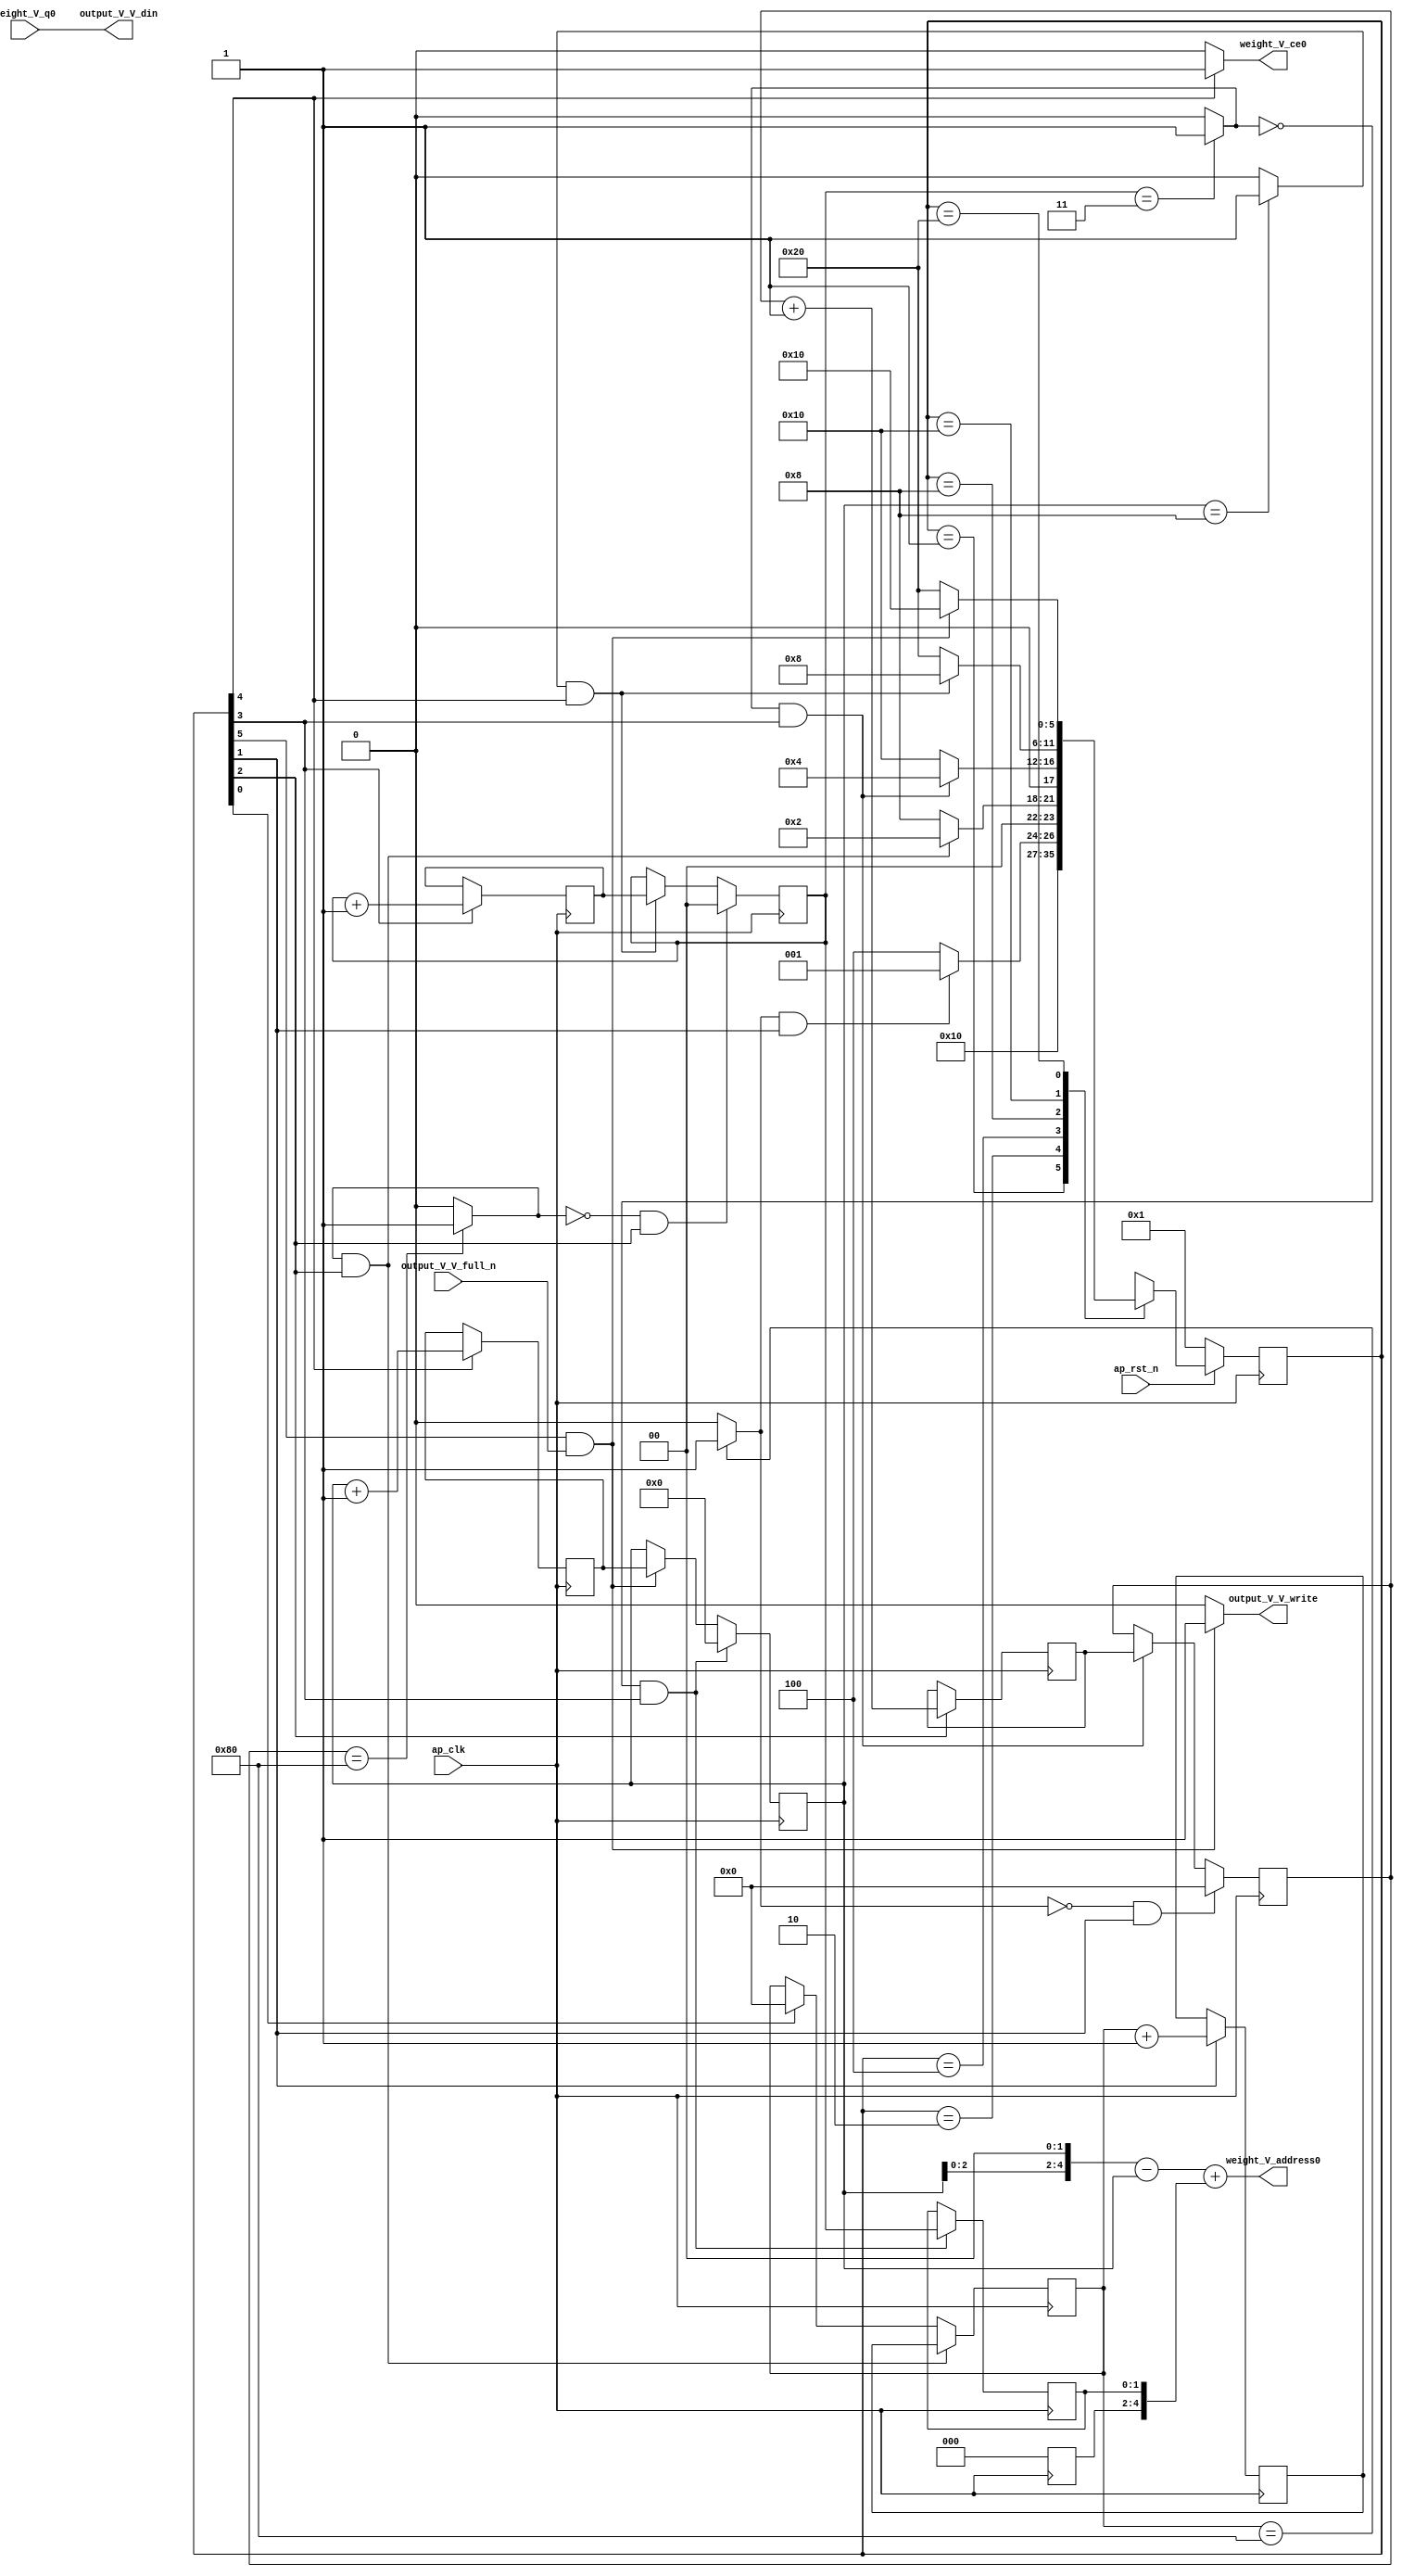
// ==============================================================
// RTL generated by Vivado(TM) HLS - High-Level Synthesis from C, C++ and SystemC
// Version: 2017.4
// Copyright (C) 1986-2017 Xilinx, Inc. All Rights Reserved.
// 
// ===========================================================

`timescale 1 ns / 1 ps 

(* CORE_GENERATION_INFO="weight_s_4,hls_ip_2017_4,{HLS_INPUT_TYPE=cxx,HLS_INPUT_FLOAT=0,HLS_INPUT_FIXED=1,HLS_INPUT_PART=xc7z020clg484-1,HLS_INPUT_CLOCK=10.000000,HLS_INPUT_ARCH=others,HLS_SYN_CLOCK=5.956000,HLS_SYN_LAT=917761,HLS_SYN_TPT=none,HLS_SYN_MEM=0,HLS_SYN_DSP=0,HLS_SYN_FF=52,HLS_SYN_LUT=197}" *)

module weight_s_4 (
        ap_clk,
        ap_rst_n,
        output_V_V_din,
        output_V_V_full_n,
        output_V_V_write,
        weight_V_address0,
        weight_V_ce0,
        weight_V_q0
);

parameter    ap_ST_fsm_state1 = 6'd1;
parameter    ap_ST_fsm_state2 = 6'd2;
parameter    ap_ST_fsm_state3 = 6'd4;
parameter    ap_ST_fsm_state4 = 6'd8;
parameter    ap_ST_fsm_state5 = 6'd16;
parameter    ap_ST_fsm_state6 = 6'd32;

input   ap_clk;
input   ap_rst_n;
output  [7:0] output_V_V_din;
input   output_V_V_full_n;
output   output_V_V_write;
output  [4:0] weight_V_address0;
output   weight_V_ce0;
input  [7:0] weight_V_q0;

reg output_V_V_write;
reg weight_V_ce0;

reg    ap_rst_n_inv;
reg    output_V_V_blk_n;
(* fsm_encoding = "none" *) reg   [5:0] ap_CS_fsm;
wire    ap_CS_fsm_state6;
wire   [7:0] hout_1_fu_138_p2;
reg   [7:0] hout_1_reg_215;
wire    ap_CS_fsm_state2;
wire   [7:0] wout_1_fu_150_p2;
reg   [7:0] wout_1_reg_223;
wire    ap_CS_fsm_state3;
wire   [1:0] pkern_1_fu_162_p2;
reg   [1:0] pkern_1_reg_231;
wire    ap_CS_fsm_state4;
wire   [5:0] tmp_4_cast_fu_168_p1;
reg   [5:0] tmp_4_cast_reg_236;
wire   [0:0] exitcond7_fu_156_p2;
wire   [3:0] pout_1_fu_178_p2;
reg   [3:0] pout_1_reg_244;
wire    ap_CS_fsm_state5;
wire   [0:0] exitcond_fu_172_p2;
reg   [7:0] hout_reg_88;
wire    ap_CS_fsm_state1;
wire   [0:0] exitcond2_fu_144_p2;
reg   [7:0] wout_reg_99;
wire   [0:0] exitcond1_fu_132_p2;
reg   [1:0] pkern_reg_110;
reg   [3:0] pout_reg_121;
wire  signed [63:0] tmp_2_cast_fu_207_p1;
wire   [5:0] tmp_fu_188_p3;
wire   [5:0] tmp_6_cast_fu_184_p1;
wire   [5:0] tmp_1_fu_196_p2;
wire   [5:0] tmp_2_fu_202_p2;
reg   [5:0] ap_NS_fsm;

// power-on initialization
initial begin
#0 ap_CS_fsm = 6'd1;
end

always @ (posedge ap_clk) begin
    if (ap_rst_n_inv == 1'b1) begin
        ap_CS_fsm <= ap_ST_fsm_state1;
    end else begin
        ap_CS_fsm <= ap_NS_fsm;
    end
end

always @ (posedge ap_clk) begin
    if (((exitcond2_fu_144_p2 == 1'd1) & (1'b1 == ap_CS_fsm_state3))) begin
        hout_reg_88 <= hout_1_reg_215;
    end else if ((1'b1 == ap_CS_fsm_state1)) begin
        hout_reg_88 <= 8'd0;
    end
end

always @ (posedge ap_clk) begin
    if (((exitcond2_fu_144_p2 == 1'd0) & (1'b1 == ap_CS_fsm_state3))) begin
        pkern_reg_110 <= 2'd0;
    end else if (((exitcond_fu_172_p2 == 1'd1) & (1'b1 == ap_CS_fsm_state5))) begin
        pkern_reg_110 <= pkern_1_reg_231;
    end
end

always @ (posedge ap_clk) begin
    if (((exitcond7_fu_156_p2 == 1'd0) & (1'b1 == ap_CS_fsm_state4))) begin
        pout_reg_121 <= 4'd0;
    end else if (((1'b1 == ap_CS_fsm_state6) & (output_V_V_full_n == 1'b1))) begin
        pout_reg_121 <= pout_1_reg_244;
    end
end

always @ (posedge ap_clk) begin
    if (((exitcond1_fu_132_p2 == 1'd0) & (1'b1 == ap_CS_fsm_state2))) begin
        wout_reg_99 <= 8'd0;
    end else if (((exitcond7_fu_156_p2 == 1'd1) & (1'b1 == ap_CS_fsm_state4))) begin
        wout_reg_99 <= wout_1_reg_223;
    end
end

always @ (posedge ap_clk) begin
    if ((1'b1 == ap_CS_fsm_state2)) begin
        hout_1_reg_215 <= hout_1_fu_138_p2;
    end
end

always @ (posedge ap_clk) begin
    if ((1'b1 == ap_CS_fsm_state4)) begin
        pkern_1_reg_231 <= pkern_1_fu_162_p2;
    end
end

always @ (posedge ap_clk) begin
    if ((1'b1 == ap_CS_fsm_state5)) begin
        pout_1_reg_244 <= pout_1_fu_178_p2;
    end
end

always @ (posedge ap_clk) begin
    if (((exitcond7_fu_156_p2 == 1'd0) & (1'b1 == ap_CS_fsm_state4))) begin
        tmp_4_cast_reg_236[1 : 0] <= tmp_4_cast_fu_168_p1[1 : 0];
    end
end

always @ (posedge ap_clk) begin
    if ((1'b1 == ap_CS_fsm_state3)) begin
        wout_1_reg_223 <= wout_1_fu_150_p2;
    end
end

always @ (*) begin
    if ((1'b1 == ap_CS_fsm_state6)) begin
        output_V_V_blk_n = output_V_V_full_n;
    end else begin
        output_V_V_blk_n = 1'b1;
    end
end

always @ (*) begin
    if (((1'b1 == ap_CS_fsm_state6) & (output_V_V_full_n == 1'b1))) begin
        output_V_V_write = 1'b1;
    end else begin
        output_V_V_write = 1'b0;
    end
end

always @ (*) begin
    if ((1'b1 == ap_CS_fsm_state5)) begin
        weight_V_ce0 = 1'b1;
    end else begin
        weight_V_ce0 = 1'b0;
    end
end

always @ (*) begin
    case (ap_CS_fsm)
        ap_ST_fsm_state1 : begin
            ap_NS_fsm = ap_ST_fsm_state2;
        end
        ap_ST_fsm_state2 : begin
            if (((exitcond1_fu_132_p2 == 1'd1) & (1'b1 == ap_CS_fsm_state2))) begin
                ap_NS_fsm = ap_ST_fsm_state1;
            end else begin
                ap_NS_fsm = ap_ST_fsm_state3;
            end
        end
        ap_ST_fsm_state3 : begin
            if (((exitcond2_fu_144_p2 == 1'd1) & (1'b1 == ap_CS_fsm_state3))) begin
                ap_NS_fsm = ap_ST_fsm_state2;
            end else begin
                ap_NS_fsm = ap_ST_fsm_state4;
            end
        end
        ap_ST_fsm_state4 : begin
            if (((exitcond7_fu_156_p2 == 1'd1) & (1'b1 == ap_CS_fsm_state4))) begin
                ap_NS_fsm = ap_ST_fsm_state3;
            end else begin
                ap_NS_fsm = ap_ST_fsm_state5;
            end
        end
        ap_ST_fsm_state5 : begin
            if (((exitcond_fu_172_p2 == 1'd1) & (1'b1 == ap_CS_fsm_state5))) begin
                ap_NS_fsm = ap_ST_fsm_state4;
            end else begin
                ap_NS_fsm = ap_ST_fsm_state6;
            end
        end
        ap_ST_fsm_state6 : begin
            if (((1'b1 == ap_CS_fsm_state6) & (output_V_V_full_n == 1'b1))) begin
                ap_NS_fsm = ap_ST_fsm_state5;
            end else begin
                ap_NS_fsm = ap_ST_fsm_state6;
            end
        end
        default : begin
            ap_NS_fsm = 'bx;
        end
    endcase
end

assign ap_CS_fsm_state1 = ap_CS_fsm[32'd0];

assign ap_CS_fsm_state2 = ap_CS_fsm[32'd1];

assign ap_CS_fsm_state3 = ap_CS_fsm[32'd2];

assign ap_CS_fsm_state4 = ap_CS_fsm[32'd3];

assign ap_CS_fsm_state5 = ap_CS_fsm[32'd4];

assign ap_CS_fsm_state6 = ap_CS_fsm[32'd5];

always @ (*) begin
    ap_rst_n_inv = ~ap_rst_n;
end

assign exitcond1_fu_132_p2 = ((hout_reg_88 == 8'd128) ? 1'b1 : 1'b0);

assign exitcond2_fu_144_p2 = ((wout_reg_99 == 8'd128) ? 1'b1 : 1'b0);

assign exitcond7_fu_156_p2 = ((pkern_reg_110 == 2'd3) ? 1'b1 : 1'b0);

assign exitcond_fu_172_p2 = ((pout_reg_121 == 4'd8) ? 1'b1 : 1'b0);

assign hout_1_fu_138_p2 = (hout_reg_88 + 8'd1);

assign output_V_V_din = weight_V_q0;

assign pkern_1_fu_162_p2 = (pkern_reg_110 + 2'd1);

assign pout_1_fu_178_p2 = (pout_reg_121 + 4'd1);

assign tmp_1_fu_196_p2 = (tmp_fu_188_p3 - tmp_6_cast_fu_184_p1);

assign tmp_2_cast_fu_207_p1 = $signed(tmp_2_fu_202_p2);

assign tmp_2_fu_202_p2 = (tmp_1_fu_196_p2 + tmp_4_cast_reg_236);

assign tmp_4_cast_fu_168_p1 = pkern_reg_110;

assign tmp_6_cast_fu_184_p1 = pout_reg_121;

assign tmp_fu_188_p3 = {{pout_reg_121}, {2'd0}};

assign weight_V_address0 = tmp_2_cast_fu_207_p1;

assign wout_1_fu_150_p2 = (wout_reg_99 + 8'd1);

always @ (posedge ap_clk) begin
    tmp_4_cast_reg_236[5:2] <= 4'b0000;
end

endmodule //weight_s_4